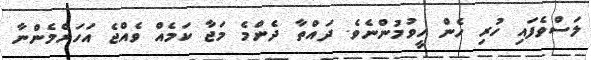
ލަސްވެފައި ހުރި ހެން ހީވުމުންނެވެ. ދައްތާ ދެންމެ މަޖާ ކަމެއް ވެއްޖެ އަހަރެމެންނާ